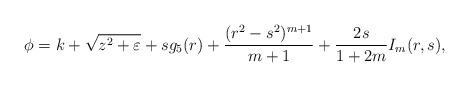
LaTeX: \begin{align*}\phi=k+\sqrt{z^2+\varepsilon} + sg_5(r) + \frac{(r^2-s^2)^{m+1}}{m+1}+\frac{2s}{1+2m}I_m(r,s),\end{align*}